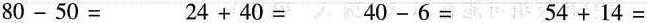
$$8 0 - 5 0 = $$ $$ 2 4 + 4 0 =$$ $$ 4 0 - 6 =$$ $$ 5 4 + 1 4 =$$